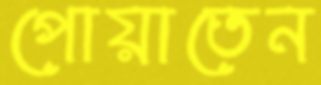
পোয়াতেন